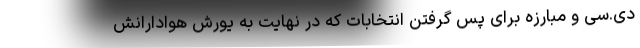
دی.سی و مبارزه برای پس گرفتن انتخابات که در نهایت به یورش هوادارانش